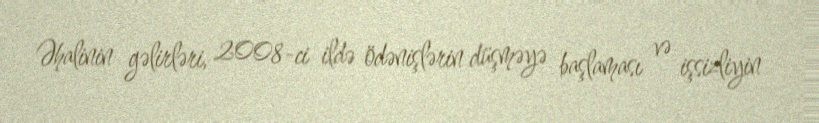
Əhalinin gəlirləri, 2008-ci ildə ödənişlərin düşməyə başlaması və işsizliyin